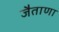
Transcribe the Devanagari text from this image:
जैताणा